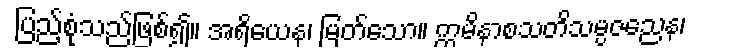
ပြည့်စုံသည်ဖြစ်၍။ အရိယေန၊ မြတ်သော။ ဣမိနာစသတိသမ္ပဇညေန၊